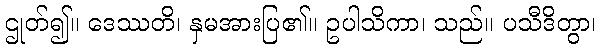
ဌုတ်၍။ ဒေဿတိ၊ နှမအားပြ၏။ ဥပါသိကာ၊ သည်။ ပသီဒိတွာ၊